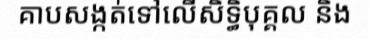
គាបសង្កត់ទៅលើសិទ្ធិបុគ្គល និង